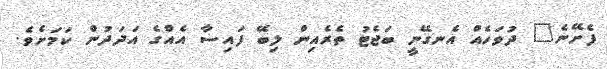
ފެށޭނެ" ދުވަހެއް އެނގޭނީ ބަޖެޓު ތެރެއިން ލިބޭ ފައިސާ އެއްގެ އަދަދުން ކަމަށެވެ.